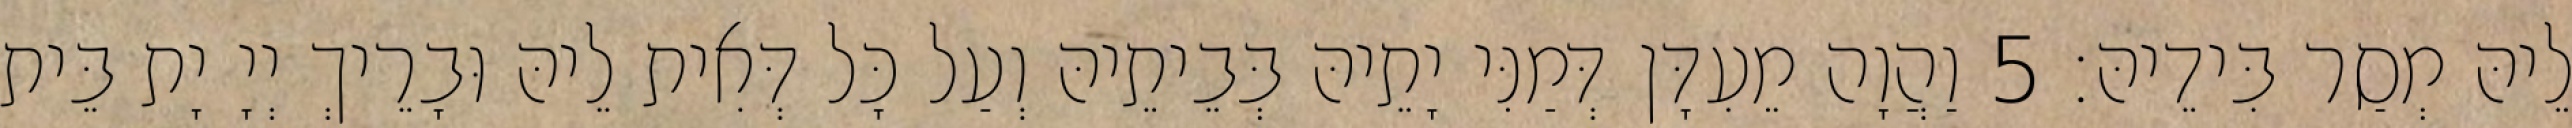
לֵיהּ מְסַר בִּידֵיהּ׃ 5 וַהֲוָה מֵעִדָּן דְּמַנִּי יָתֵיהּ בְּבֵיתֵיהּ וְעַל כָּל דְּאִית לֵיהּ וּבָרֵיךְ יְיָ יָת בֵּית